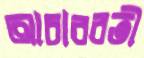
আচারবতী